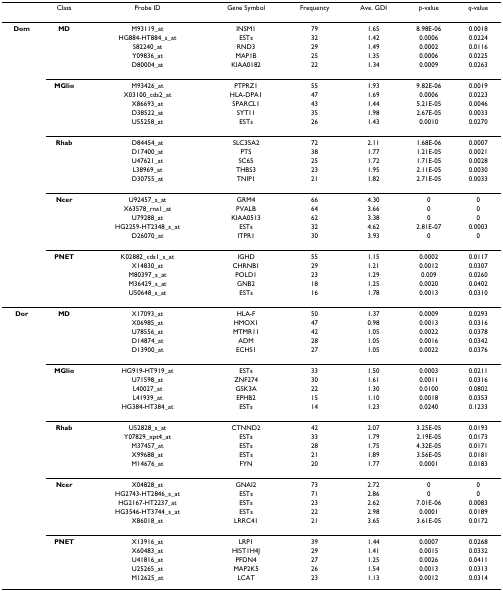
<table><thead><tr><td></td><td><b>Class</b></td><td><b>Probe ID</b></td><td><b>Gene Symbol</b></td><td><b>Frequency</b></td><td><b>Ave. GDI</b></td><td><b><i>p</i>-value</b></td><td><b><i>q</i>-value</b></td></tr></thead><tbody><tr><td><b>Dom</b></td><td><b>MD</b></td><td>M93119_at</td><td>INSM1</td><td>79</td><td>1.65</td><td>8.98E-06</td><td>0.0018</td></tr><tr><td></td><td></td><td>HG884-HT884_s_at</td><td>ESTs</td><td>32</td><td>1.42</td><td>0.0006</td><td>0.0224</td></tr><tr><td></td><td></td><td>S82240_at</td><td>RND3</td><td>29</td><td>1.49</td><td>0.0002</td><td>0.0116</td></tr><tr><td></td><td></td><td>Y09836_at</td><td>MAP1B</td><td>25</td><td>1.35</td><td>0.0006</td><td>0.0225</td></tr><tr><td></td><td></td><td>D80004_at</td><td>KIAA0182</td><td>22</td><td>1.34</td><td>0.0009</td><td>0.0263</td></tr><tr><td></td><td><b>MGlio</b></td><td>M93426_at</td><td>PTPRZ1</td><td>55</td><td>1.93</td><td>9.82E-06</td><td>0.0019</td></tr><tr><td></td><td></td><td>X03100_cds2_at</td><td>HLA-DPA1</td><td>47</td><td>1.69</td><td>0.0006</td><td>0.0223</td></tr><tr><td></td><td></td><td>X86693_at</td><td>SPARCL1</td><td>43</td><td>1.44</td><td>5.21E-05</td><td>0.0046</td></tr><tr><td></td><td></td><td>D38522_at</td><td>SYT11</td><td>35</td><td>1.98</td><td>2.67E-05</td><td>0.0033</td></tr><tr><td></td><td></td><td>U55258_at</td><td>ESTs</td><td>26</td><td>1.43</td><td>0.0010</td><td>0.0270</td></tr><tr><td></td><td><b>Rhab</b></td><td>D84454_at</td><td>SLC35A2</td><td>72</td><td>2.11</td><td>1.68E-06</td><td>0.0007</td></tr><tr><td></td><td></td><td>D17400_at</td><td>PTS</td><td>38</td><td>1.77</td><td>1.21E-05</td><td>0.0021</td></tr><tr><td></td><td></td><td>U47621_at</td><td>SC65</td><td>25</td><td>1.72</td><td>1.71E-05</td><td>0.0028</td></tr><tr><td></td><td></td><td>L38969_at</td><td>THBS3</td><td>23</td><td>1.95</td><td>2.11E-05</td><td>0.0030</td></tr><tr><td></td><td></td><td>D30755_at</td><td>TNIP1</td><td>21</td><td>1.82</td><td>2.71E-05</td><td>0.0033</td></tr><tr><td></td><td><b>Ncer</b></td><td>U92457_s_at</td><td>GRM4</td><td>66</td><td>4.30</td><td>0</td><td>0</td></tr><tr><td></td><td></td><td>X63578_rna1_at</td><td>PVALB</td><td>64</td><td>3.66</td><td>0</td><td>0</td></tr><tr><td></td><td></td><td>U79288_at</td><td>KIAA0513</td><td>62</td><td>3.38</td><td>0</td><td>0</td></tr><tr><td></td><td></td><td>HG2259-HT2348_s_at</td><td>ESTs</td><td>32</td><td>4.62</td><td>2.81E-07</td><td>0.0003</td></tr><tr><td></td><td></td><td>D26070_at</td><td>ITPR1</td><td>30</td><td>3.93</td><td>0</td><td>0</td></tr><tr><td></td><td><b>PNET</b></td><td>K02882_cds1_s_at</td><td>IGHD</td><td>55</td><td>1.15</td><td>0.0002</td><td>0.0117</td></tr><tr><td></td><td></td><td>X14830_at</td><td>CHRNB1</td><td>29</td><td>1.21</td><td>0.0012</td><td>0.0307</td></tr><tr><td></td><td></td><td>M80397_s_at</td><td>POLD1</td><td>23</td><td>1.29</td><td>0.009</td><td>0.0260</td></tr><tr><td></td><td></td><td>M36429_s_at</td><td>GNB2</td><td>18</td><td>1.25</td><td>0.0020</td><td>0.0402</td></tr><tr><td></td><td></td><td>U50648_s_at</td><td>ESTs</td><td>16</td><td>1.78</td><td>0.0013</td><td>0.0310</td></tr><tr><td><b>Dor</b></td><td><b>MD</b></td><td>X17093_at</td><td>HLA-F</td><td>50</td><td>1.37</td><td>0.0009</td><td>0.0293</td></tr><tr><td></td><td></td><td>X06985_at</td><td>HMOX1</td><td>47</td><td>0.98</td><td>0.0013</td><td>0.0316</td></tr><tr><td></td><td></td><td>U78556_at</td><td>MTMR11</td><td>42</td><td>1.05</td><td>0.0022</td><td>0.0378</td></tr><tr><td></td><td></td><td>D14874_at</td><td>ADM</td><td>28</td><td>1.05</td><td>0.0016</td><td>0.0342</td></tr><tr><td></td><td></td><td>D13900_at</td><td>ECHS1</td><td>27</td><td>1.05</td><td>0.0022</td><td>0.0376</td></tr><tr><td></td><td><b>MGlio</b></td><td>HG919-HT919_at</td><td>ESTs</td><td>33</td><td>1.50</td><td>0.0003</td><td>0.0211</td></tr><tr><td></td><td></td><td>U71598_at</td><td>ZNF274</td><td>30</td><td>1.61</td><td>0.0011</td><td>0.0316</td></tr><tr><td></td><td></td><td>L40027_at</td><td>GSK3A</td><td>22</td><td>1.30</td><td>0.0100</td><td>0.0802</td></tr><tr><td></td><td></td><td>L41939_at</td><td>EPHB2</td><td>15</td><td>1.10</td><td>0.0018</td><td>0.0353</td></tr><tr><td></td><td></td><td>HG384-HT384_at</td><td>ESTs</td><td>14</td><td>1.23</td><td>0.0240</td><td>0.1233</td></tr><tr><td></td><td><b>Rhab</b></td><td>U52828_s_at</td><td>CTNND2</td><td>42</td><td>2.07</td><td>3.25E-05</td><td>0.0193</td></tr><tr><td></td><td></td><td>Y07829_xpt4_at</td><td>ESTs</td><td>33</td><td>1.79</td><td>2.19E-05</td><td>0.0173</td></tr><tr><td></td><td></td><td>M37457_at</td><td>ESTs</td><td>28</td><td>1.75</td><td>4.32E-05</td><td>0.0171</td></tr><tr><td></td><td></td><td>X99688_at</td><td>ESTs</td><td>21</td><td>1.89</td><td>3.56E-05</td><td>0.0181</td></tr><tr><td></td><td></td><td>M14676_at</td><td>FYN</td><td>20</td><td>1.77</td><td>0.0001</td><td>0.0183</td></tr><tr><td></td><td><b>Ncer</b></td><td>X04828_at</td><td>GNAI2</td><td>73</td><td>2.72</td><td>0</td><td>0</td></tr><tr><td></td><td></td><td>HG2743-HT2846_s_at</td><td>ESTs</td><td>71</td><td>2.86</td><td>0</td><td>0</td></tr><tr><td></td><td></td><td>HG2167-HT2237_at</td><td>ESTs</td><td>23</td><td>2.62</td><td>7.01E-06</td><td>0.0083</td></tr><tr><td></td><td></td><td>HG3546-HT3744_s_at</td><td>ESTs</td><td>22</td><td>2.98</td><td>0.0001</td><td>0.0189</td></tr><tr><td></td><td></td><td>X86018_at</td><td>LRRC41</td><td>21</td><td>3.65</td><td>3.61E-05</td><td>0.0172</td></tr><tr><td></td><td><b>PNET</b></td><td>X13916_at</td><td>LRP1</td><td>39</td><td>1.44</td><td>0.0007</td><td>0.0268</td></tr><tr><td></td><td></td><td>X60483_at</td><td>HIST1H4J</td><td>29</td><td>1.41</td><td>0.0015</td><td>0.0332</td></tr><tr><td></td><td></td><td>U41816_at</td><td>PFDN4</td><td>27</td><td>1.25</td><td>0.0026</td><td>0.0411</td></tr><tr><td></td><td></td><td>U25265_at</td><td>MAP2K5</td><td>26</td><td>1.54</td><td>0.0013</td><td>0.0313</td></tr><tr><td></td><td></td><td>M12625_at</td><td>LCAT</td><td>23</td><td>1.13</td><td>0.0012</td><td>0.0314</td></tr></tbody></table>